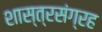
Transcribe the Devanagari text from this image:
शास्त्रसंग्रह